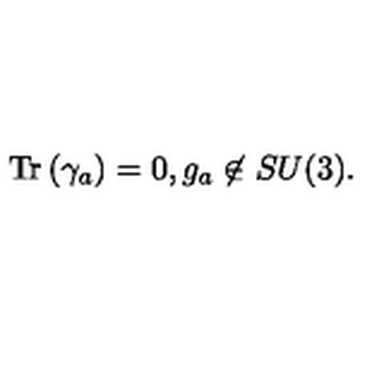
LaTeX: \mathrm { T r } \left( \gamma _ { a } \right) = 0 , g _ { a } \not \in S U ( 3 ) .